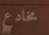
مخادع